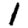
Digit: 1